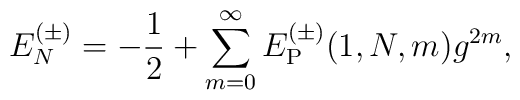
E_N^{(\pm)} = - {1\over 2} + \sum_{m = 0}^\infty E_{\rm P}^{(\pm)}(1, N, m) g^{2m},